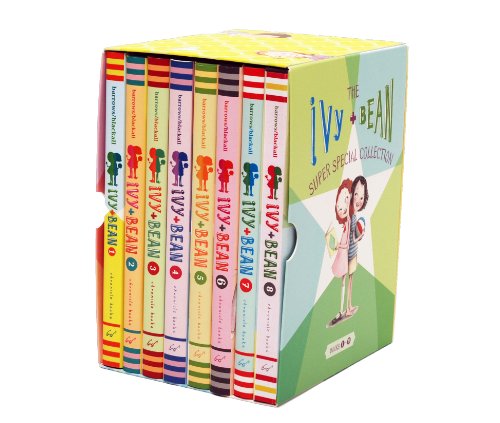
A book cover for Ivy and Bean Super special Collection (Books 1-8) (Ivy Bean); Annie Barrows; Teen & Young Adult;